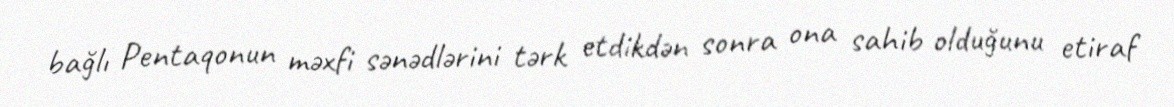
bağlı Pentaqonun məxfi sənədlərini tərk etdikdən sonra ona sahib olduğunu etiraf